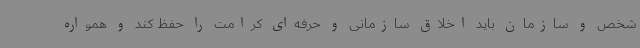
شخص و سازمان باید اخلاق سازمانی و حرفه‌ای کرامت را حفظ کند و همواره